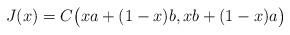
LaTeX: \begin{align*}J(x)=C\bigl(xa+(1-x)b,xb+(1-x)a\bigr)\end{align*}